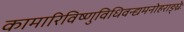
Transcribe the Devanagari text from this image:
कामारिविष्णुविधिवन्द्यमनोहराङ्घ्रेः